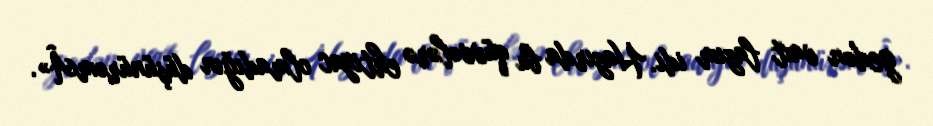
gedən vaxt lazım idi. Hazırda bu qüvvələrə ehtiyac olmadığın düşünürəmÂ».